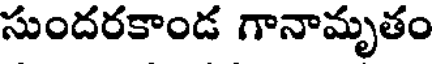
సుందరకాండ గానామృతం